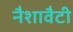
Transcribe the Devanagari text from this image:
नैशावैटी